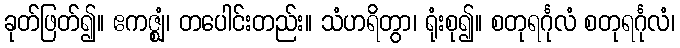
ခုတ်ဖြတ်၍။ ဧကဇ္ဈံ၊ တပေါင်းတည်း။ သံဟရိတွာ၊ ရုံးစု၍။ စတုရင်္ဂုလံ စတုရင်္ဂုလံ၊